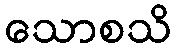
သောစသိ